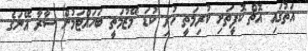
އަތުގައި އޮތް ކޮފީތަށި ކުރިމަތީ ހުރި ކުޑަ މޭޒުމަތީ ބަހައްޓަމުން ސާރާ އޭނަގެ